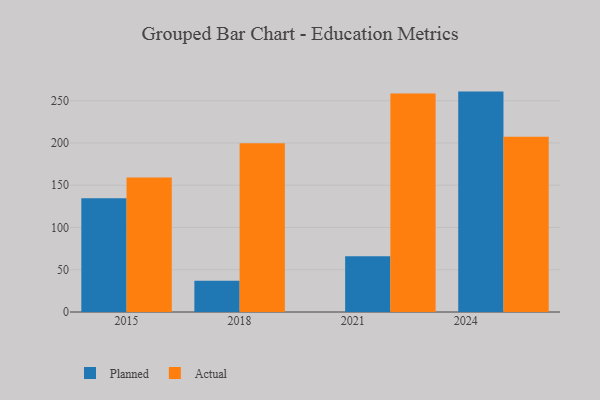
{"axis": {"x": "Year", "y": "Humidity (%)"}, "legend": ["Actual", "Planned"], "data": [{"x": "2018", "y": 36.9, "type": "Planned"}, {"x": "2018", "y": 199.7, "type": "Actual"}, {"x": "2025", "y": 260.8, "type": "Planned"}, {"x": "2025", "y": 207.3, "type": "Actual"}, {"x": "2022", "y": 66.0, "type": "Planned"}, {"x": "2022", "y": 258.5, "type": "Actual"}, {"x": "2015", "y": 134.5, "type": "Planned"}, {"x": "2015", "y": 159.3, "type": "Actual"}]}